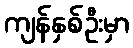
ကျန်နှစ်ဦးမှာ